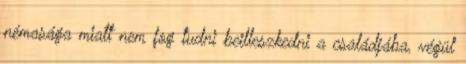
némasága miatt nem fog tudni beilleszkedni a családjába, végül